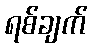
ရစ်ချက်